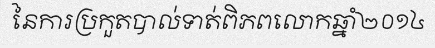
នៃការប្រកួតបាល់ទាត់ពិភពលោកឆ្នាំ២០១៤